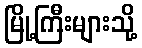
မြို့ကြီးများသို့